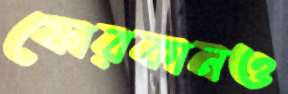
ফোরকানও